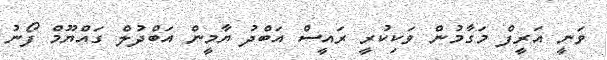
ވަނީ އަރީފް މަގާމުން ވަކިކުރީ ރައީސް އަބްދު ޔާމީން އަބްދުލް ގައްޔޫމް ފޯނު